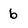
Character: b